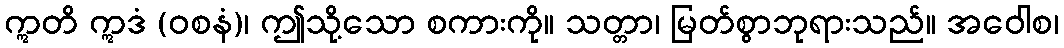
ဣတိ ဣဒံ (ဝစနံ)၊ ဤသို့သော စကားကို။ သတ္တာ၊ မြတ်စွာဘုရားသည်။ အဝေါစ၊